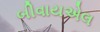
બીવાયએલ